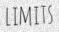
LIMITS